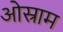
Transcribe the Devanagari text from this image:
ओस्राम